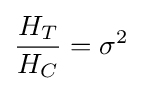
{\frac {H_{T}}{H_{C}}}=\sigma ^{2}